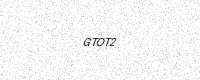
Text: GTOT2